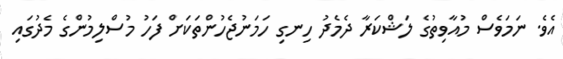
އެވެ. ނަމަވެސް މުއާވިތުގެ ލަޝްކަރާ ދެމެދު ހިނގި ހަމަނުޖެހުންތަކަށް ފަހު މުސްލިމުންގެ މެދުގައި